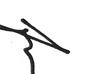
Signature authenticity: genuine